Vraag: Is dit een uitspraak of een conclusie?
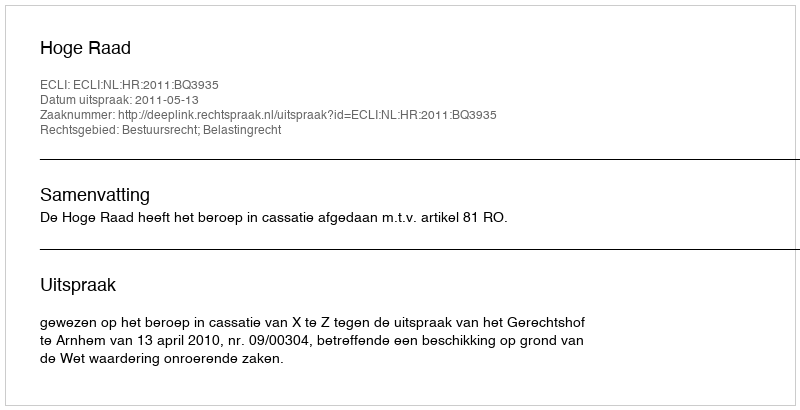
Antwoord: Uitspraak